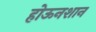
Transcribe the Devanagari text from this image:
होऊनशान